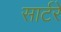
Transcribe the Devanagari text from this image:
सार्टरे